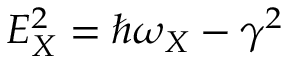
E _ { X } ^ { 2 } = \hbar \omega _ { X } - \gamma ^ { 2 }